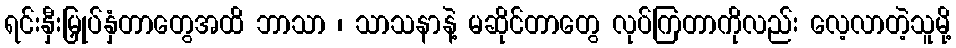
ရင်းနှီးမြှုပ်နှံတာတွေအထိ ဘာသာ ၊ သာသနာနဲ့ မဆိုင်တာတွေ လုပ်ကြတာကိုလည်း လေ့လာတဲ့သူမို့